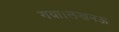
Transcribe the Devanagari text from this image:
गया।लखनऊ